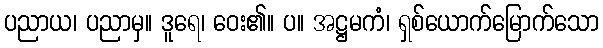
ပညာယ၊ ပညာမှ။ ဒူရေ၊ ဝေး၏။ ပ။ အဋ္ဌမကံ၊ ရှစ်ယောက်မြောက်သော